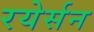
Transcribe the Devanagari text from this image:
रयेर्सन